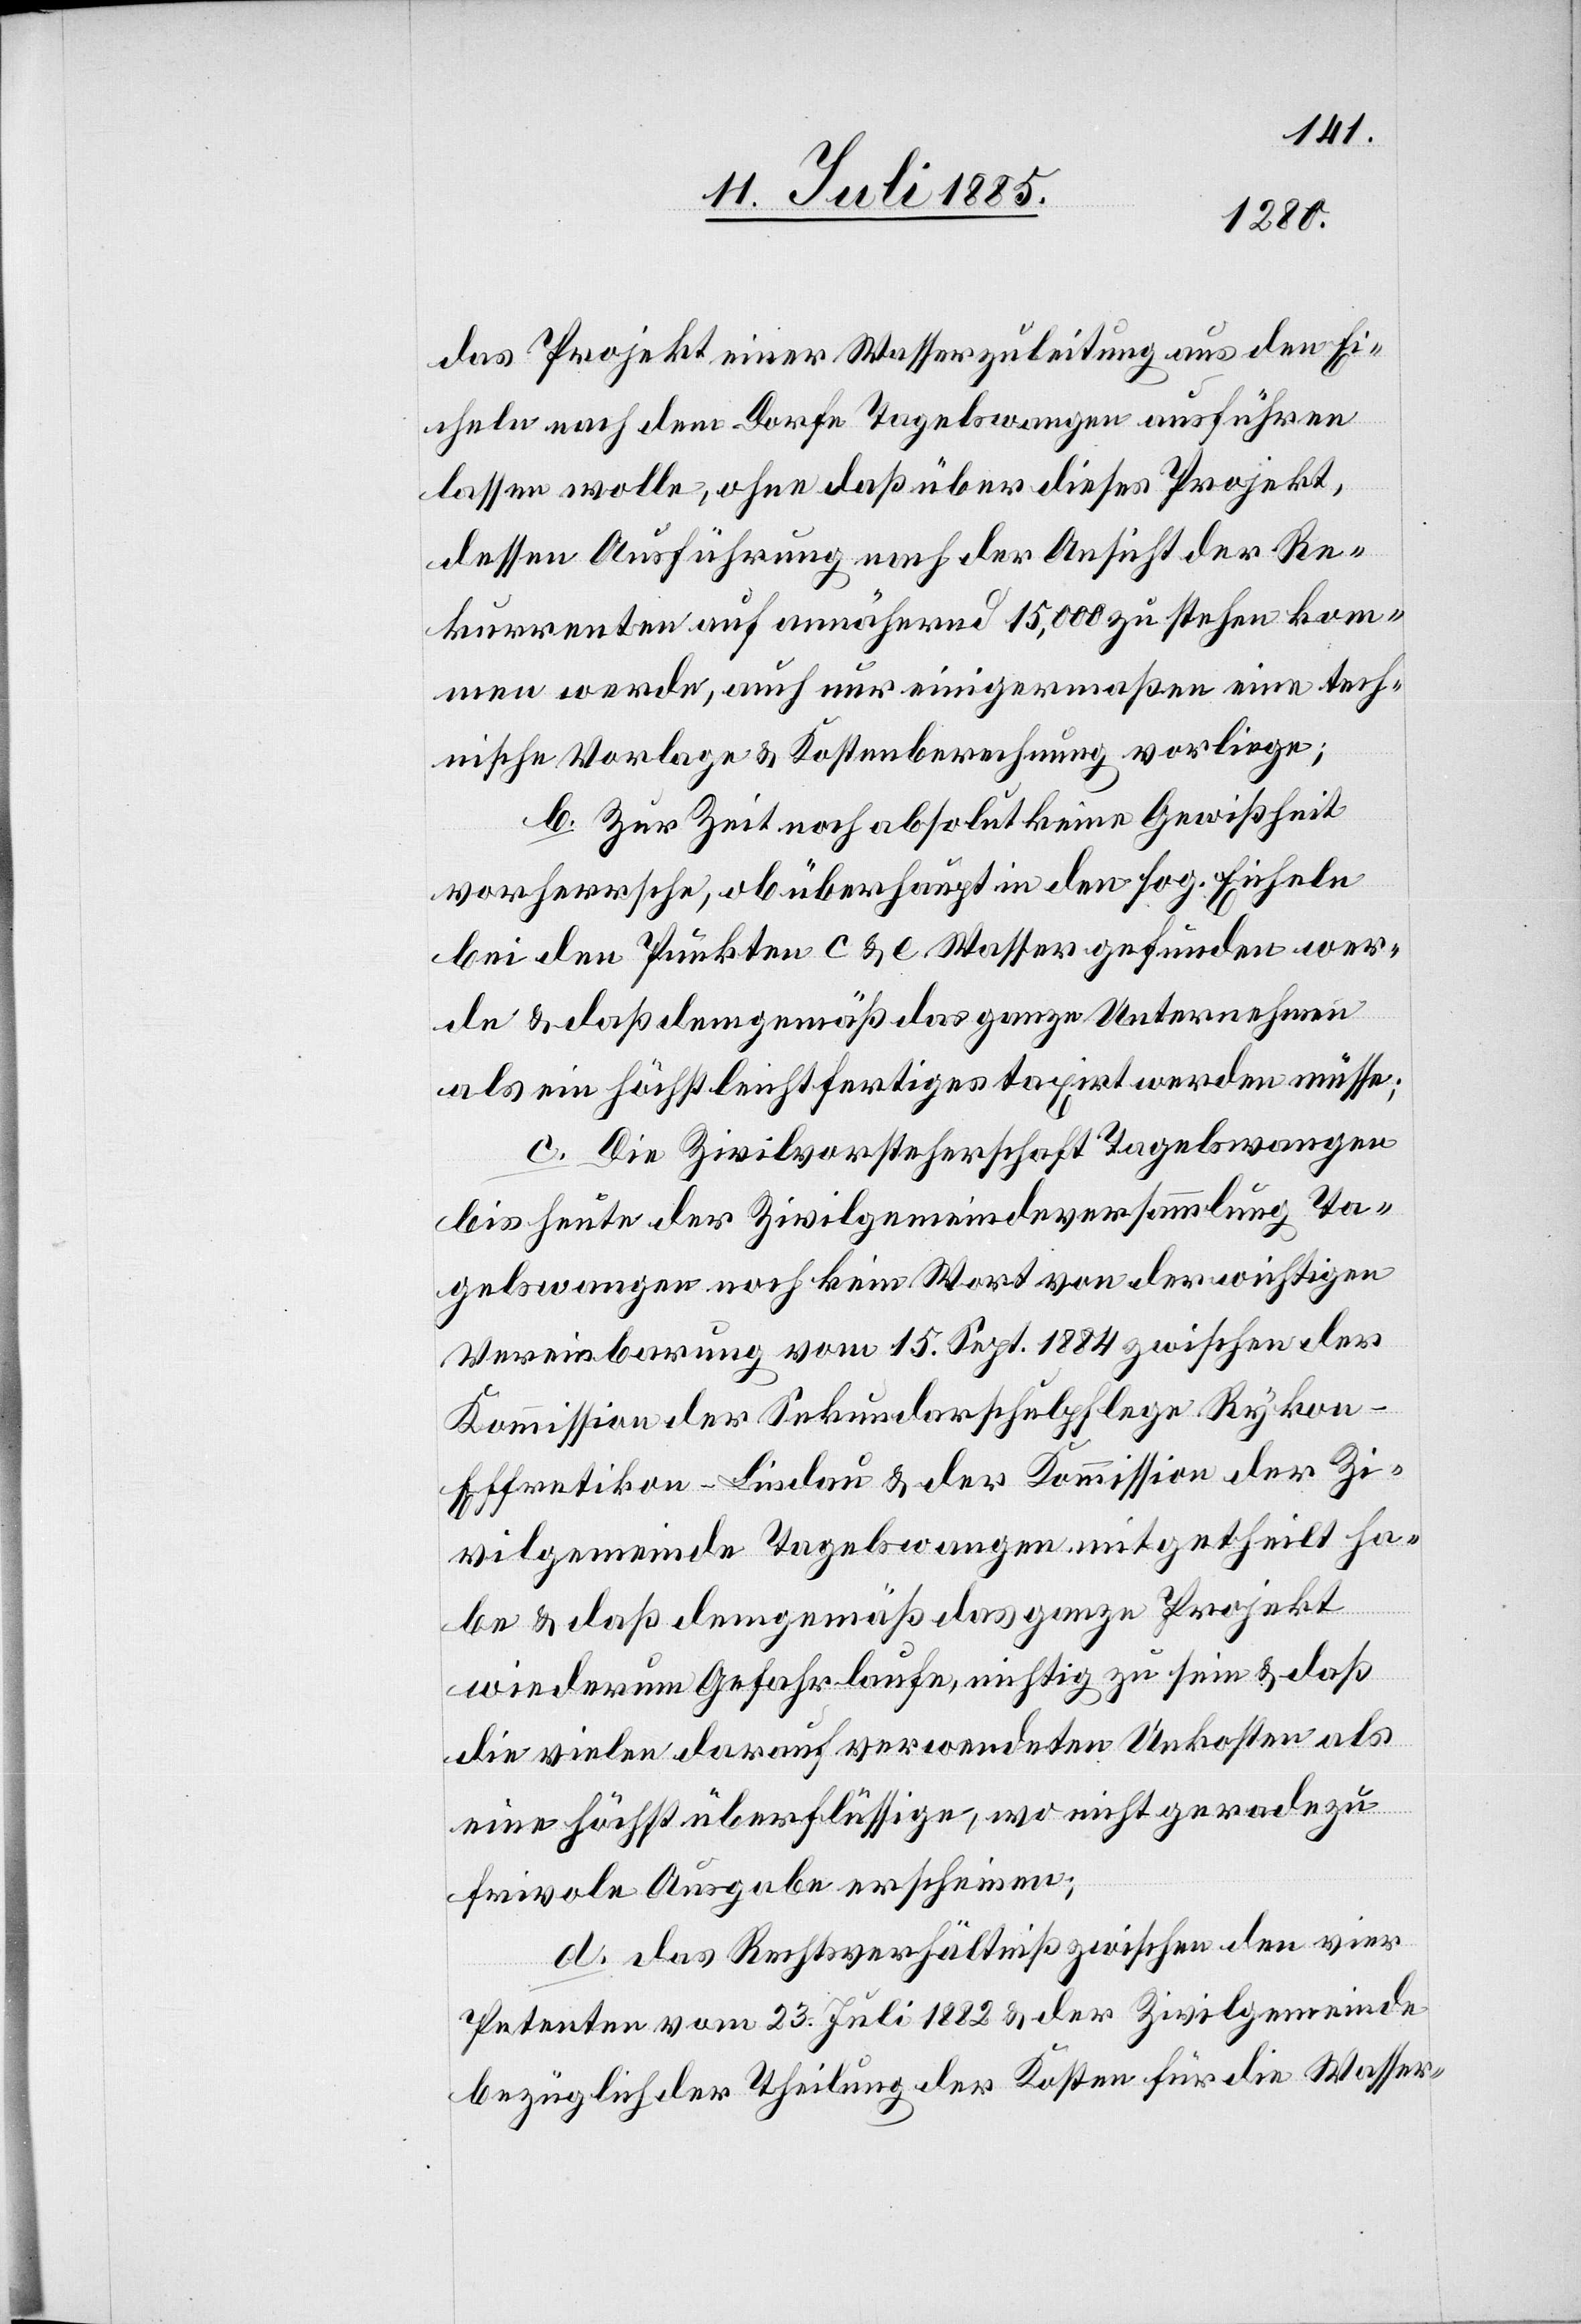
das Projekt einer Wasserzuleitung aus den Ei¬
cheln nach dem Dorfe Tagelswangen ausführen
lassen wolle, ohne daß über dieses Projekt,
dessen Ausführung nach der Ansicht der Re¬
kurrenten auf annähernd 15,000 [Fr.] zu stehen kom¬
men werde, auch nur einigermaßen eine tech¬
nische Vorlage & Kostenberechnung vorliege;
b. Zur Zeit noch absolut keine Gewißheit
vorherrsche, ob überhaupt in den sog. Eicheln
bei den Punkten c & e Waser gefunden wer¬
de & daß demgemäß das ganze Unternehmen
als ein höchst leichtfertiges taxirt werden müsse;
c. Die Zivilvorsteherschaft Tagelswangen
bis heute der Zivilgemeindeversammlung Ta¬
gelswangen noch kein Wort von der wichtigen
Vereinbarung vom 15. Sept. 1884 zwischen der
Kommission der Sekundarschulpflege Rykon-E¬
ffretikon-Lindau & der Kommission der Zi¬
vilgemeinde Tagelswangen mitgetheilt ha¬
be & daß demgemäß das ganze Projekt
wiederum Gefahr laufe, nichtig zu sein & daß
die vielen darauf verwendeten Unkosten als
eine höchst überflüssige, wo nicht geradezu
frivole Ausgabe erscheinen;
d. das Rechtsverhältniß zwischen den vier
Petenten vom 23. Juli 1882 & der Zivilgemeinde
bezüglich der Theilung der Kosten für die Wasser-